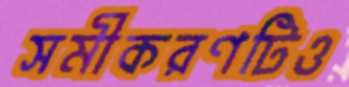
সমীকরণটিও